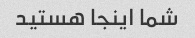
شما اینجا هستید